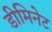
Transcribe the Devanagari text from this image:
डीमिनेट